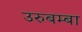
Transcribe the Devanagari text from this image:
उरुबम्बा